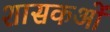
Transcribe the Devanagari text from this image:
शासकओं